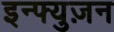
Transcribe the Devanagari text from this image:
इन्फ्युज़न